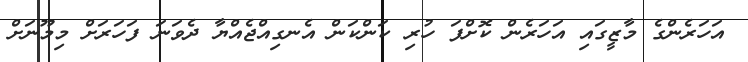
އަހަރެންގެ މާޒީގައި އަހަރެން ކޮށްފަ ހުރި ކަންކަން އެނގިއްޖެއްޔާ ދެވަނަ ފަހަރަށް މިމޫނަށް